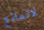
لاتمانع